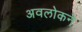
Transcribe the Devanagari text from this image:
अवलोकने